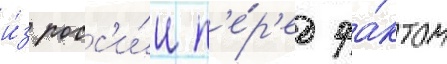
и́з росс'и́и п'е́р'ед фа́ктом